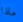
ماذا